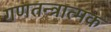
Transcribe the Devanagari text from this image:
गणतन्त्रात्मक